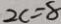
2 c = 8